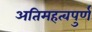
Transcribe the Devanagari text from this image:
अतिमहत्‍वपुर्ण